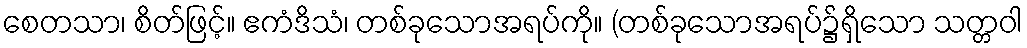
စေတသာ၊ စိတ်ဖြင့်။ ဧကံဒိသံ၊ တစ်ခုသောအရပ်ကို။ (တစ်ခုသောအရပ်၌ရှိသော သတ္တဝါ